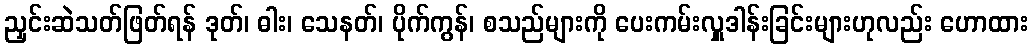
ညှင်းဆဲသတ်ဖြတ်ရန် ဒုတ်၊ ဓါး၊ သေနတ်၊ ပိုက်ကွန်၊ စသည်များကို ပေးကမ်းလှူဒါန်းခြင်းများဟုလည်း ဟောထား